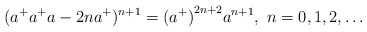
\begin{align*}(a^+a^+ a - 2n a^+)^{n+1} = {(a^+)}^{2n+2} a^{n+1}, \ n=0,1,2,\ldots\end{align*}